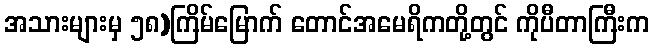
အသားများမှ ၅၈)ကြိမ်မြောက် တောင်အမေရိကတို့တွင် ကိုပီတာကြီးက